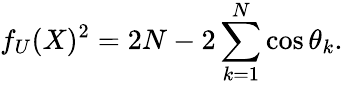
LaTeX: f_{U}(X)^{2}=2N-2\sum_{k=1}^{N}\cos\theta_{k}.